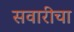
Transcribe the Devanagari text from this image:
सवारीचा